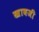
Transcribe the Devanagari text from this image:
खावजी